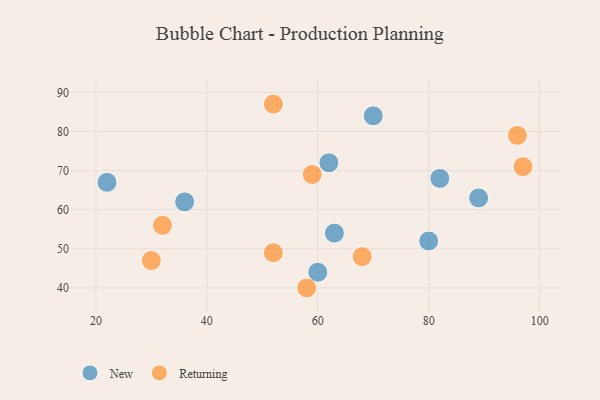
{"axis": {"x": "GDP", "y": "Life Expectancy"}, "legend": ["New", "Returning"], "data": [{"x": "82", "y": 68, "type": "New"}, {"x": "36", "y": 62, "type": "New"}, {"x": "62", "y": 72, "type": "New"}, {"x": "22", "y": 67, "type": "New"}, {"x": "60", "y": 44, "type": "New"}, {"x": "70", "y": 84, "type": "New"}, {"x": "89", "y": 63, "type": "New"}, {"x": "63", "y": 54, "type": "New"}, {"x": "80", "y": 52, "type": "New"}, {"x": "52", "y": 49, "type": "Returning"}, {"x": "59", "y": 69, "type": "Returning"}, {"x": "97", "y": 71, "type": "Returning"}, {"x": "68", "y": 48, "type": "Returning"}, {"x": "32", "y": 56, "type": "Returning"}, {"x": "58", "y": 40, "type": "Returning"}, {"x": "96", "y": 79, "type": "Returning"}, {"x": "30", "y": 47, "type": "Returning"}, {"x": "52", "y": 87, "type": "Returning"}]}